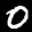
Label: 0